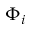
\Phi _ { i }